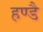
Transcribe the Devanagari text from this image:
हण्डै